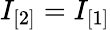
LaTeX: I_{[2]}=I_{[1]}